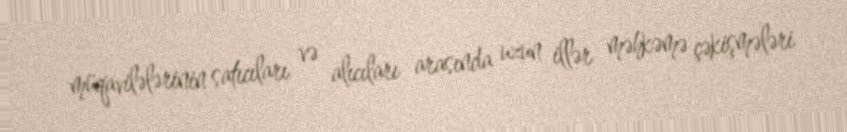
müqavilələrinin satıcıları və alıcıları arasında uzun illər məhkəmə çəkişmələri